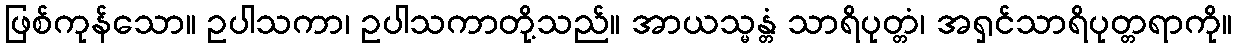
ဖြစ်ကုန်သော။ ဥပါသကာ၊ ဥပါသကာတို့သည်။ အာယသ္မန္တံ သာရိပုတ္တံ၊ အရှင်သာရိပုတ္တရာကို။